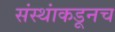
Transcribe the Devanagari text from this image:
संस्थांकडूनच